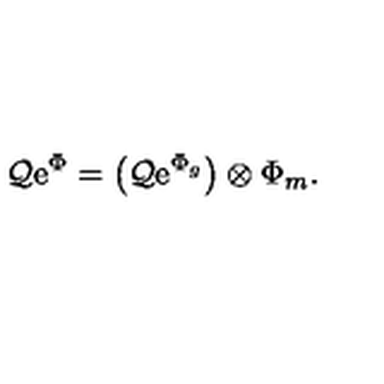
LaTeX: { \cal Q } \mathrm { e } ^ { \Phi } = \bigl ( { \cal Q } \mathrm { e } ^ { \Phi _ { g } } \bigr ) \otimes \Phi _ { m } .